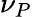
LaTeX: \nu_{P}